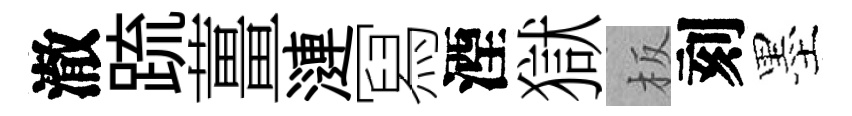
澈䟽薑漣冩湮獄板刻墨